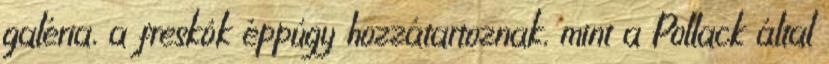
galéria, a freskók éppúgy hozzátartoznak, mint a Pollack által